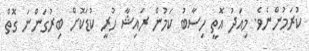
ކުރަމުންނެވެ. މިއަދު އޮތީ ހިސާބު ކަމުން ރައިޝާ ހުރީ ކުޑަކޮށް ބިރުގަންނަ ގޮތް